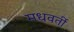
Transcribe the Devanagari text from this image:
मधवर्ती